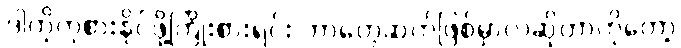
ဒါကိုကုစားနိုင်ဖို့ကြိုးစားရင်း ဘာတွေဆက်ဖြစ်မှာလဲဆိုတာကိုတော့